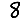
Digit: 8